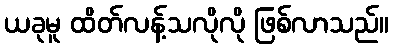
ယခုမူ ထိတ်လန့်သလိုလို ဖြစ်လာသည်။